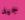
جيد